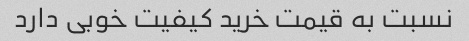
نسبت به قیمت خرید کیفیت خوبی دارد